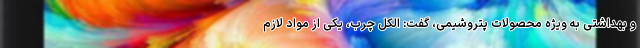
و بهداشتی به ویژه محصولات پتروشیمی، گفت: الکل چرب، یکی از مواد لازم